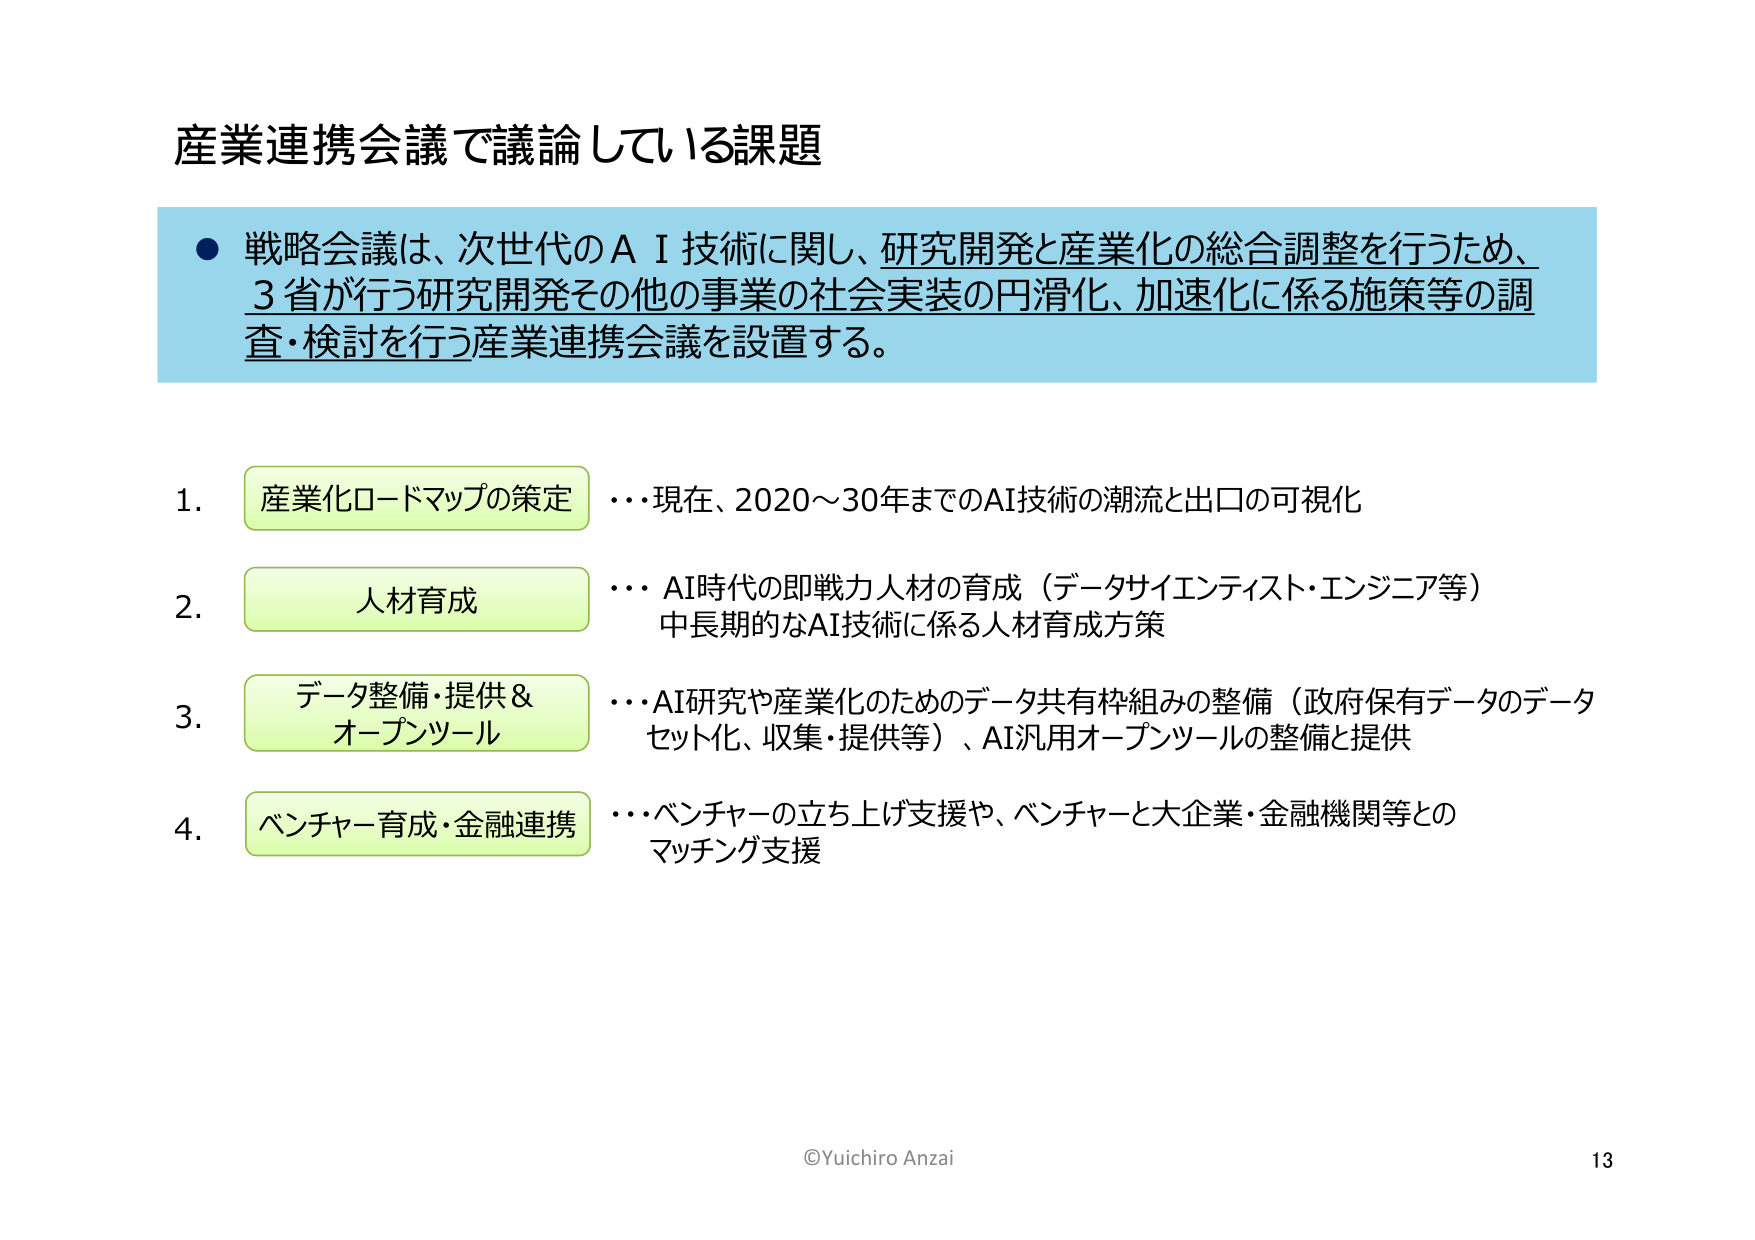
産業連携会議で議論している課題

● 戦略会議は、次世代のＡＩ技術に関し、研究開発と産業化の総合調整を行うため、
　3省が行う研究開発その他の事業の社会実装の円滑化、加速化に係る施策等の調
　査・検討を行う産業連携会議を設置する。

1. 産業化ロードマップの策定　…現在、2020～30年までのAI技術の潮流と出口の可視化

2. 人材育成　…AI時代の即戦力人材の育成（データサイエンティスト・エンジニア等）
　　　　　　　中長期的なAI技術に係る人材育成方策

3. データ整備・提供＆　…AI研究や産業化のためのデータ共有枠組みの整備（政府保有データのデータ
　オープンツール　　　セット化、収集・提供等）、AI汎用オープンツールの整備と提供

4. ベンチャー育成・金融連携　…ベンチャーの立ち上げ支援や、ベンチャーと大企業・金融機関等との
　　　　　　　　　　　　　　マッチング支援

©Yuichiro Anzai
13